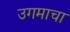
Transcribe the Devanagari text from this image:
उगमाचा